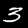
Digit: 3